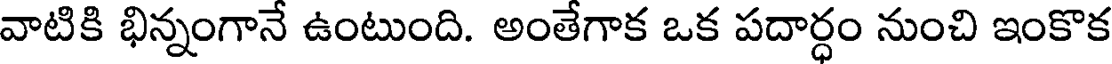
వాటికి భిన్నంగానే ఉంటుంది. అంతేగాక ఒక పదార్ధం నుంచి ఇంకొక